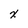
Character: x